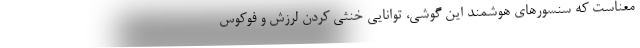
معناست که سنسورهای هوشمند این گوشی، توانایی خنثی کردن لرزش و فوکوس